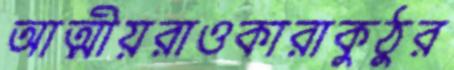
আত্মীয়রাওকারাকুঠুর